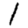
Digit: 1